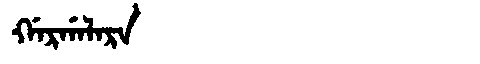
Manchu: ᡤᠠᡵᡤᠠᠯᠠᡵᠠ
Romanization: GARGALARA